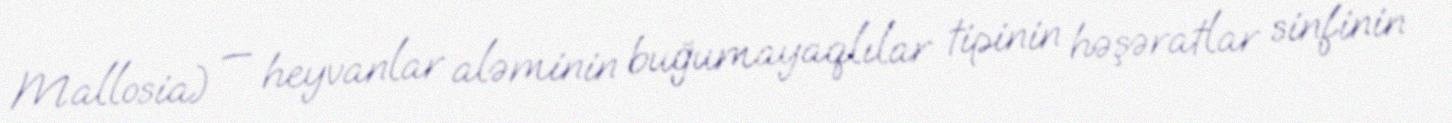
Mallosia) — heyvanlar aləminin buğumayaqlılar tipinin həşəratlar sinfinin